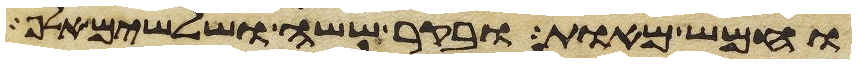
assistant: וחמש מאות ובקר ששה ושלשים אלף